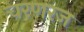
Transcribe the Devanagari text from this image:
चरणरज